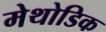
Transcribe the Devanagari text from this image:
मेथोडिक